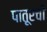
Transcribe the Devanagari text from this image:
पातूरची